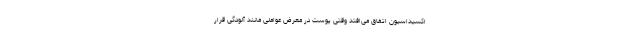
اکسیداسیون اتفاق می‌افتد وقتی پوست در معرض عواملی مانند آلودگی قرار